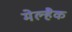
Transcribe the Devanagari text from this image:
मेल्हैक